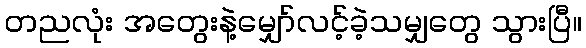
တညလုံး အတွေးနဲ့မျှော်လင့်ခဲ့သမျှတွေ သွားပြီ။